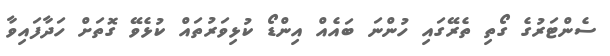
ސެންޓަރުގެ ގޯތި ތެރޭގައި ހުންނަ ބައެއް އިންޑޯ ކުޅިވަރުތައް ކުޅެވޭ ގޮތަށް ހަދާފައިވާ